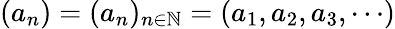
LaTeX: (a_{n})=(a_{n})_{n\in\mathbb{N}}=(a_{1},a_{2},a_{3},\cdots)